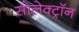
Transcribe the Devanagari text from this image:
सोलेक्ट्रॉन